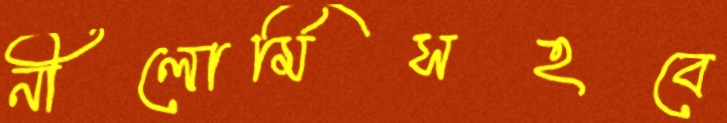
নীলোর্মিসহবে